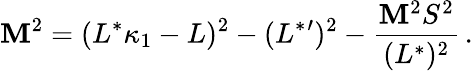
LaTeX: \mathbf{M}^{2}=(L^{*}\kappa_{1}-L)^{2}-(L^{*}{}^{\prime})^{2}-{\frac{{\mathbf{M}^{2}S^{2}}}{{(L^{*})^{2}}}}\, .